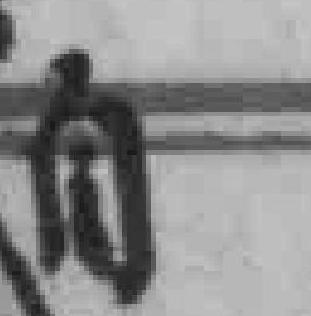
自